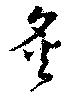
炙